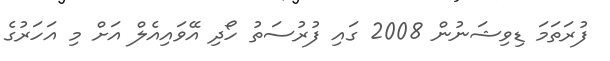
ފުރަތަމަ ޑިވިޝަނުން 2008 ގައި ފުރުސަތު ހޯދި އޭވައިއެލް އަށް މި އަހަރުގެ